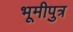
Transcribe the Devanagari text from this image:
भूमीपुत्र